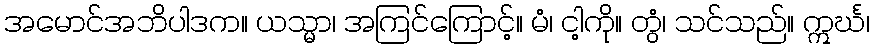
အမောင်အဘိပါဒက။ ယသ္မာ၊ အကြင်ကြောင့်။ မံ၊ ငါ့ကို။ တွံ၊ သင်သည်။ ဣင်္ဃ၊